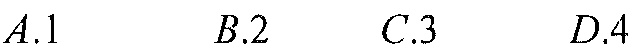
$A.1$  $B.2$  $C.3$  $D.4$